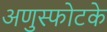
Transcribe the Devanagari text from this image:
अणुस्फोटके